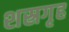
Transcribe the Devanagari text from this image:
शस्रगृह